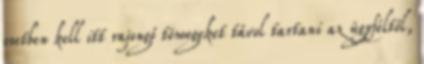
esetben kell itt rajongó tömegeket távol tartani az ügyféltől,